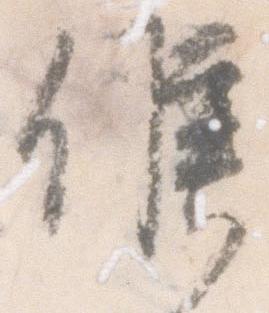
候